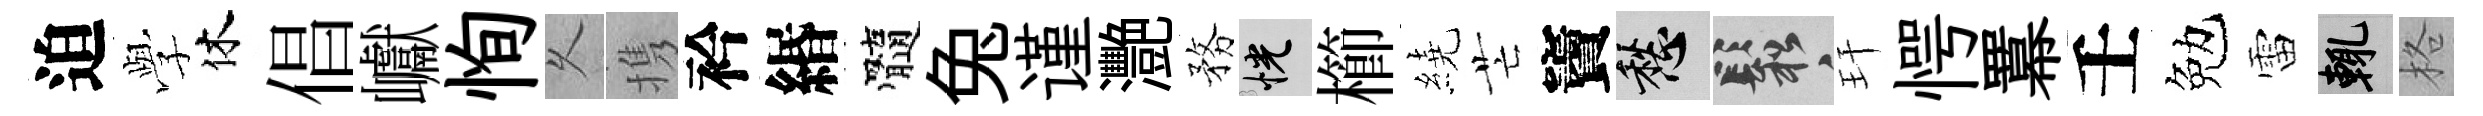
迫𫝯休倡巘恂乆携衿緡髓兔谨灧務恍櫛繞芒竇愁鬆玕愕羃壬勉雷輒格